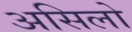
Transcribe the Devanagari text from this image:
असिलो